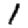
Digit: 1